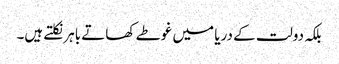
بلکہ دولت کے دریا میں غوطے کھاتے باہر نکلتے ہیں۔